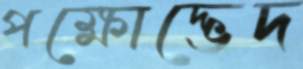
পক্ষোদ্ভেদ